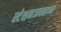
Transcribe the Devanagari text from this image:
स्टेशनजवळच्या